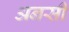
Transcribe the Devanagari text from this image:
अनसी